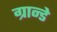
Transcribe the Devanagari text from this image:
ग्रान्डे